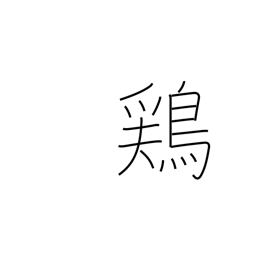
Meaning: chicken